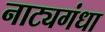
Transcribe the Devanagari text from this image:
नाट्यगंधा